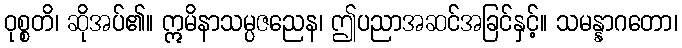
ဝုစ္စတိ၊ ဆိုအပ်၏။ ဣမိနာသမ္ပဇညေန၊ ဤပညာအဆင်အခြင်နှင့်။ သမန္နာဂတော၊